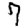
Digit: 7